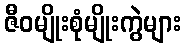
ဇီဝမျိုးစုံမျိုးကွဲများ